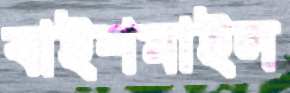
বাইশমাইল